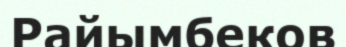
Райымбеков